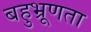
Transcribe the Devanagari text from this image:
बहुभ्रूणता